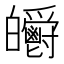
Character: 𤿃